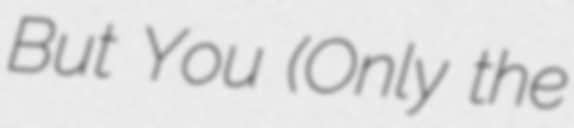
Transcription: But You (Only the